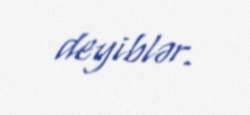
deyiblər.